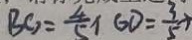
B G = \frac { 4 } { 5 } x G D = \frac { 3 } { 5 } x